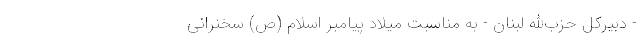
- دبیرکل حزب‌الله لبنان - به مناسبت میلاد پیامبر اسلام (ص) سخنرانی